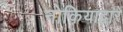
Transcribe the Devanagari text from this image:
नोकियाद्वारे